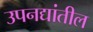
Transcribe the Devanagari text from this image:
उपनद्यांतील